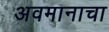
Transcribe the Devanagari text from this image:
अवमानाचा